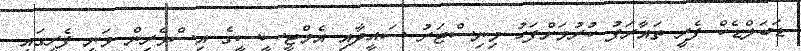
ޑަބަލްޑެކް ފެރީ ތައާރަފު ކުރުމަށްފަހު މިނިސްޓަރު ސައީދާއި އެމްޓީސީސީގެ އިސްވެރިން ވަނީ ފެރީގައި